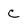
Character: C